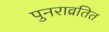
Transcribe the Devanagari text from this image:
पुनराव्रतित